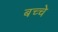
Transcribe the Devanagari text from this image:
बच्चे